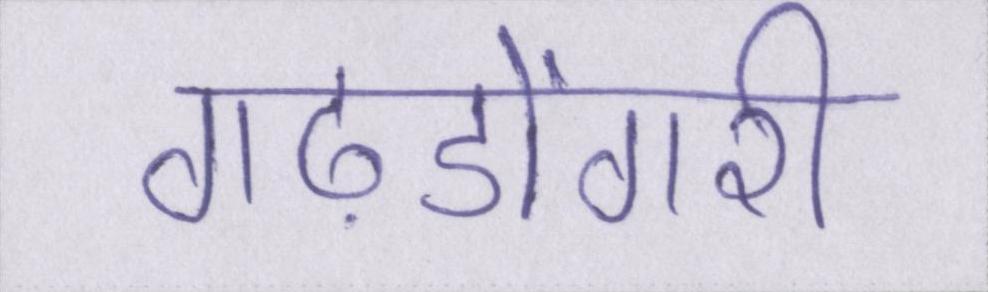
गढ़डोंगरी